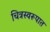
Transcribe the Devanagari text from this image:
चित्रस्वरूपात